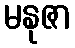
မနုဇာ